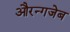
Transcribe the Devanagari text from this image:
औरन्गजेब